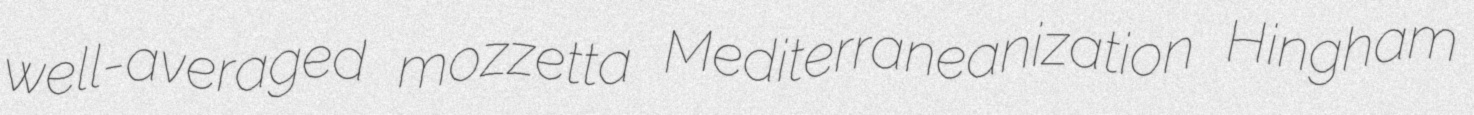
well-averaged mozzetta Mediterraneanization Hingham